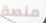
منصة